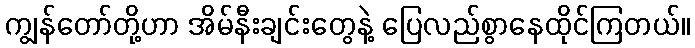
ကျွန်တော်တို့ဟာ အိမ်နီးချင်းတွေနဲ့ ပြေလည်စွာနေထိုင်ကြတယ်။